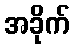
အခိုက်